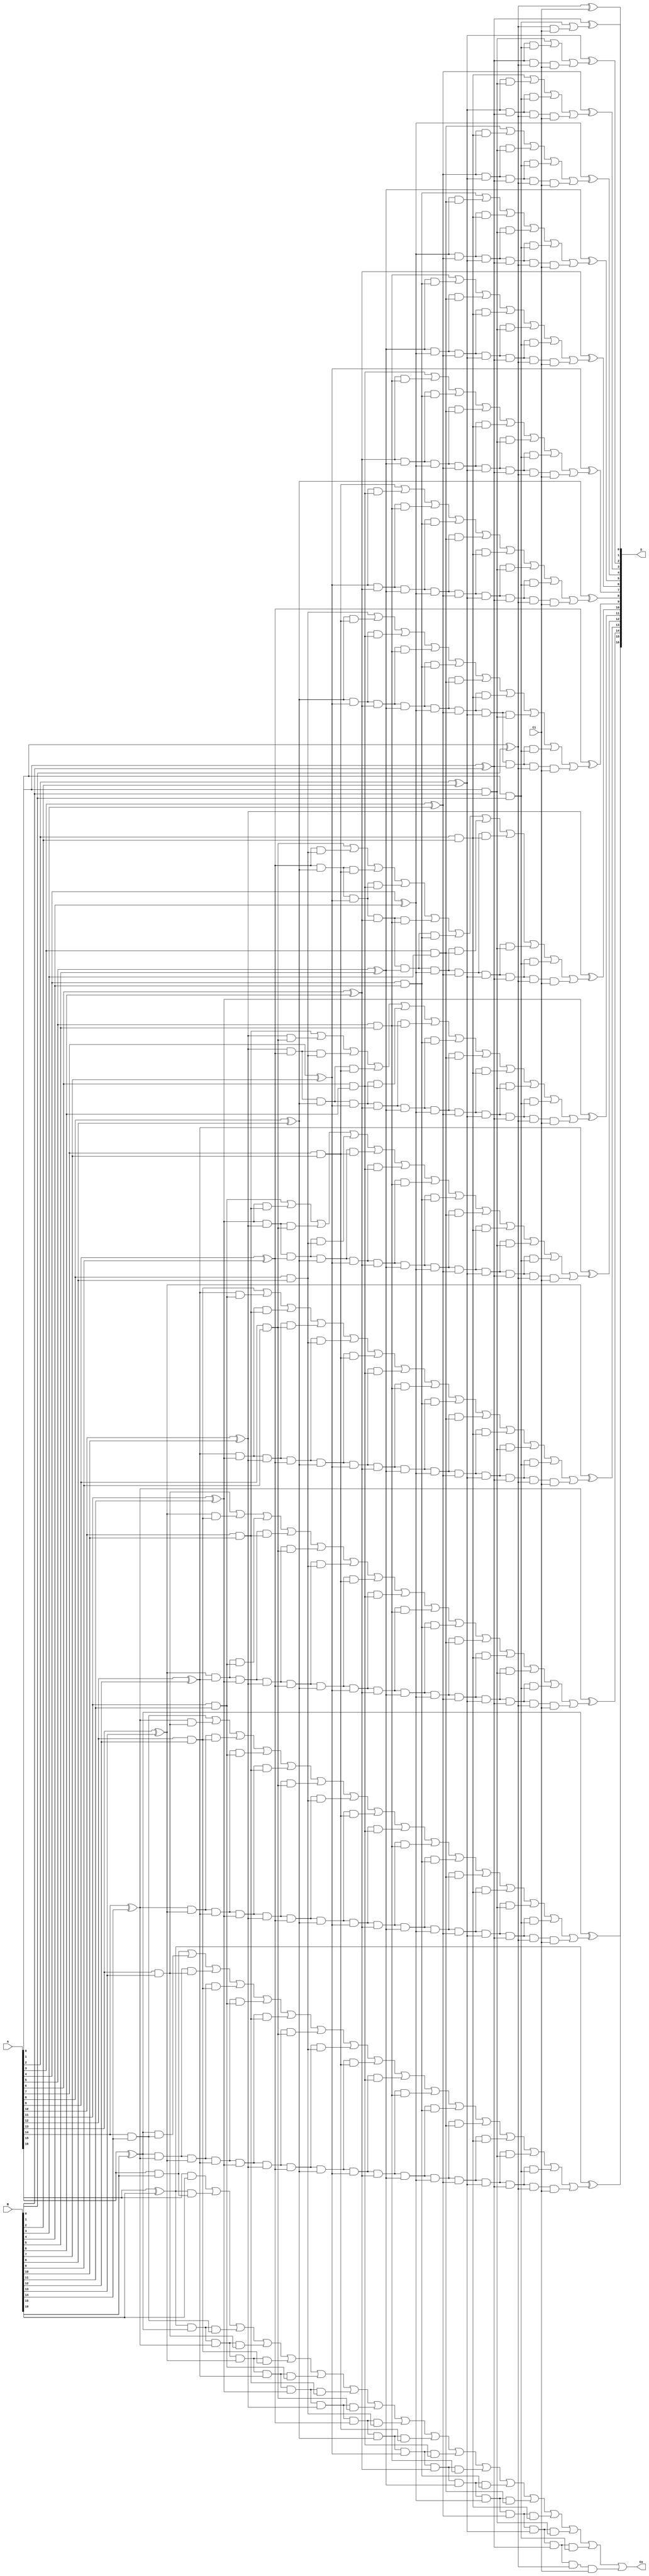
module _17bit_CLA_adder (A,B,Ci,S,Co);
    input [16:0] A,B;
    input Ci;
    output [16:0] S;
    output Co;
    wire [16:0] C;
    wire [16:0] G;
    wire [16:0] P;

    assign  G[0] = A[0]&B[0],
            G[1] = A[1]&B[1],
            G[2] = A[2]&B[2],
            G[3] = A[3]&B[3],
            G[4] = A[4]&B[4],
            G[5] = A[5]&B[5],
            G[6] = A[6]&B[6],
            G[7] = A[7]&B[7],
            G[8] = A[8]&B[8],
            G[9] = A[9]&B[9],
            G[10] = A[10]&B[10],
            G[11] = A[11]&B[11],
            G[12] = A[12]&B[12],
            G[13] = A[13]&B[13],
            G[14] = A[14]&B[14],
            G[15] = A[15]&B[15],
            G[16] = A[16]&B[16];

    assign  P[0] = A[0]^B[0],
            P[1] = A[1]^B[1],
            P[2] = A[2]^B[2],
            P[3] = A[3]^B[3],
            P[4] = A[4]^B[4],
            P[5] = A[5]^B[5],
            P[6] = A[6]^B[6],
            P[7] = A[7]^B[7],
            P[8] = A[8]^B[8],
            P[9] = A[9]^B[9],
            P[10] = A[10]^B[10],
            P[11] = A[11]^B[11],
            P[12] = A[12]^B[12],
            P[13] = A[13]^B[13],
            P[14] = A[14]^B[14],
            P[15] = A[15]^B[15],
            P[16] = A[16]^B[16];



    assign  C[0] = G[0]|(P[0]&Ci),
            C[1] = G[1]|(P[1]&G[0])|(P[1]&P[0]&Ci),
            C[2] = G[2]|(P[2]&G[1])|(P[2]&P[1]&G[0])|(P[2]&P[1]&P[0]&Ci),
            C[3] = G[3]|(P[3]&G[2])|(P[3]&P[2]&G[1])|(P[3]&P[2]&P[1]&G[0])|(P[3]&P[2]&P[1]&P[0]&Ci),
            C[4] = G[4]|(P[4]&G[3])|(P[4]&P[3]&G[2])|(P[4]&P[3]&P[2]&G[1])|(P[4]&P[3]&P[2]&P[1]&G[0])|(P[4]&P[3]&P[2]&P[1]&P[0]&Ci),
            C[5] = G[5]|(P[5]&G[4])|(P[5]&P[4]&G[3])|(P[5]&P[4]&P[3]&G[2])|(P[5]&P[4]&P[3]&P[2]&G[1])|(P[5]&P[4]&P[3]&P[2]&P[1]&G[0])|(P[5]&P[4]&P[3]&P[2]&P[1]&P[0]&Ci),
            C[6] = G[6]|(P[6]&G[5])|(P[6]&P[5]&G[4])|(P[6]&P[5]&P[4]&G[3])|(P[6]&P[5]&P[4]&P[3]&G[2])|(P[6]&P[5]&P[4]&P[3]&P[2]&G[1])|(P[6]&P[5]&P[4]&P[3]&P[2]&P[1]&G[0])|(P[6]&P[5]&P[4]&P[3]&P[2]&P[1]&P[0]&Ci),
            C[7] = G[7]|(P[7]&G[6])|(P[7]&P[6]&G[5])|(P[7]&P[6]&P[5]&G[4])|(P[7]&P[6]&P[5]&P[4]&G[3])|(P[7]&P[6]&P[5]&P[4]&P[3]&G[2])|(P[7]&P[6]&P[5]&P[4]&P[3]&P[2]&G[1])|(P[7]&P[6]&P[5]&P[4]&P[3]&P[2]&P[1]&G[0])|(P[7]&P[6]&P[5]&P[4]&P[3]&P[2]&P[1]&P[0]&Ci),
            C[8] = G[8]|(P[8]&G[7])|(P[8]&P[7]&G[6])|(P[8]&P[7]&P[6]&G[5])|(P[8]&P[7]&P[6]&P[5]&G[4])|(P[8]&P[7]&P[6]&P[5]&P[4]&G[3])|(P[8]&P[7]&P[6]&P[5]&P[4]&P[3]&G[2])|(P[8]&P[7]&P[6]&P[5]&P[4]&P[3]&P[2]&G[1])|(P[8]&P[7]&P[6]&P[5]&P[4]&P[3]&P[2]&P[1]&G[0])|(P[8]&P[7]&P[6]&P[5]&P[4]&P[3]&P[2]&P[1]&P[0]&Ci),
            C[9] = G[9]|(P[9]&G[8])|(P[9]&P[8]&G[7])|(P[9]&P[8]&P[7]&G[6])|(P[9]&P[8]&P[7]&P[6]&G[5])|(P[9]&P[8]&P[7]&P[6]&P[5]&G[4])|(P[9]&P[8]&P[7]&P[6]&P[5]&P[4]&G[3])|(P[9]&P[8]&P[7]&P[6]&P[5]&P[4]&P[3]&G[2])|(P[9]&P[8]&P[7]&P[6]&P[5]&P[4]&P[3]&P[2]&G[1])|(P[9]&P[8]&P[7]&P[6]&P[5]&P[4]&P[3]&P[2]&P[1]&G[0])|(P[9]&P[8]&P[7]&P[6]&P[5]&P[4]&P[3]&P[2]&P[1]&P[0]&Ci),
            C[10] = G[10]|(P[10]&G[9])|(P[10]&P[9]&G[8])|(P[10]&P[9]&P[8]&G[7])|(P[10]&P[9]&P[8]&P[7]&G[6])|(P[10]&P[9]&P[8]&P[7]&P[6]&G[5])|(P[10]&P[9]&P[8]&P[7]&P[6]&P[5]&G[4])|(P[10]&P[9]&P[8]&P[7]&P[6]&P[5]&P[4]&G[3])|(P[10]&P[9]&P[8]&P[7]&P[6]&P[5]&P[4]&P[3]&G[2])|(P[10]&P[9]&P[8]&P[7]&P[6]&P[5]&P[4]&P[3]&P[2]&G[1])|(P[10]&P[9]&P[8]&P[7]&P[6]&P[5]&P[4]&P[3]&P[2]&P[1]&G[0])|(P[10]&P[9]&P[8]&P[7]&P[6]&P[5]&P[4]&P[3]&P[2]&P[1]&P[0]&Ci),
            C[11] = G[11]|(P[11]&G[10])|(P[11]&P[10]&G[9])|(P[11]&P[10]&P[9]&G[8])|(P[11]&P[10]&P[9]&P[8]&G[7])|(P[11]&P[10]&P[9]&P[8]&P[7]&G[6])|(P[11]&P[10]&P[9]&P[8]&P[7]&P[6]&G[5])|(P[11]&P[10]&P[9]&P[8]&P[7]&P[6]&P[5]&G[4])|(P[11]&P[10]&P[9]&P[8]&P[7]&P[6]&P[5]&P[4]&G[3])|(P[11]&P[10]&P[9]&P[8]&P[7]&P[6]&P[5]&P[4]&P[3]&G[2])|(P[11]&P[10]&P[9]&P[8]&P[7]&P[6]&P[5]&P[4]&P[3]&P[2]&G[1])|(P[11]&P[10]&P[9]&P[8]&P[7]&P[6]&P[5]&P[4]&P[3]&P[2]&P[1]&G[0])|(P[11]&P[10]&P[9]&P[8]&P[7]&P[6]&P[5]&P[4]&P[3]&P[2]&P[1]&P[0]&Ci),
            C[12] = G[12]|(P[12]&G[11])|(P[12]&P[11]&G[10])|(P[12]&P[11]&P[10]&G[9])|(P[12]&P[11]&P[10]&P[9]&G[8])|(P[12]&P[11]&P[10]&P[9]&P[8]&G[7])|(P[12]&P[11]&P[10]&P[9]&P[8]&P[7]&G[6])|(P[12]&P[11]&P[10]&P[9]&P[8]&P[7]&P[6]&G[5])|(P[12]&P[11]&P[10]&P[9]&P[8]&P[7]&P[6]&P[5]&G[4])|(P[12]&P[11]&P[10]&P[9]&P[8]&P[7]&P[6]&P[5]&P[4]&G[3])|(P[12]&P[11]&P[10]&P[9]&P[8]&P[7]&P[6]&P[5]&P[4]&P[3]&G[2])|(P[12]&P[11]&P[10]&P[9]&P[8]&P[7]&P[6]&P[5]&P[4]&P[3]&P[2]&G[1])|(P[12]&P[11]&P[10]&P[9]&P[8]&P[7]&P[6]&P[5]&P[4]&P[3]&P[2]&P[1]&G[0])|(P[12]&P[11]&P[10]&P[9]&P[8]&P[7]&P[6]&P[5]&P[4]&P[3]&P[2]&P[1]&P[0]&Ci),
            C[13] = G[13]|(P[13]&G[12])|(P[13]&P[12]&G[11])|(P[13]&P[12]&P[11]&G[10])|(P[13]&P[12]&P[11]&P[10]&G[9])|(P[13]&P[12]&P[11]&P[10]&P[9]&G[8])|(P[13]&P[12]&P[11]&P[10]&P[9]&P[8]&G[7])|(P[13]&P[12]&P[11]&P[10]&P[9]&P[8]&P[7]&G[6])|(P[13]&P[12]&P[11]&P[10]&P[9]&P[8]&P[7]&P[6]&G[5])|(P[13]&P[12]&P[11]&P[10]&P[9]&P[8]&P[7]&P[6]&P[5]&G[4])|(P[13]&P[12]&P[11]&P[10]&P[9]&P[8]&P[7]&P[6]&P[5]&P[4]&G[3])|(P[13]&P[12]&P[11]&P[10]&P[9]&P[8]&P[7]&P[6]&P[5]&P[4]&P[3]&G[2])|(P[13]&P[12]&P[11]&P[10]&P[9]&P[8]&P[7]&P[6]&P[5]&P[4]&P[3]&P[2]&G[1])|(P[13]&P[12]&P[11]&P[10]&P[9]&P[8]&P[7]&P[6]&P[5]&P[4]&P[3]&P[2]&P[1]&G[0])|(P[13]&P[12]&P[11]&P[10]&P[9]&P[8]&P[7]&P[6]&P[5]&P[4]&P[3]&P[2]&P[1]&P[0]&Ci),
            C[14] = G[14]|(P[14]&G[13])|(P[14]&P[13]&G[12])|(P[14]&P[13]&P[12]&G[11])|(P[14]&P[13]&P[12]&P[11]&G[10])|(P[14]&P[13]&P[12]&P[11]&P[10]&G[9])|(P[14]&P[13]&P[12]&P[11]&P[10]&P[9]&G[8])|(P[14]&P[13]&P[12]&P[11]&P[10]&P[9]&P[8]&G[7])|(P[14]&P[13]&P[12]&P[11]&P[10]&P[9]&P[8]&P[7]&G[6])|(P[14]&P[13]&P[12]&P[11]&P[10]&P[9]&P[8]&P[7]&P[6]&G[5])|(P[14]&P[13]&P[12]&P[11]&P[10]&P[9]&P[8]&P[7]&P[6]&P[5]&G[4])|(P[14]&P[13]&P[12]&P[11]&P[10]&P[9]&P[8]&P[7]&P[6]&P[5]&P[4]&G[3])|(P[14]&P[13]&P[12]&P[11]&P[10]&P[9]&P[8]&P[7]&P[6]&P[5]&P[4]&P[3]&G[2])|(P[14]&P[13]&P[12]&P[11]&P[10]&P[9]&P[8]&P[7]&P[6]&P[5]&P[4]&P[3]&P[2]&G[1])|(P[14]&P[13]&P[12]&P[11]&P[10]&P[9]&P[8]&P[7]&P[6]&P[5]&P[4]&P[3]&P[2]&P[1]&G[0])|(P[14]&P[13]&P[12]&P[11]&P[10]&P[9]&P[8]&P[7]&P[6]&P[5]&P[4]&P[3]&P[2]&P[1]&P[0]&Ci),
            C[15] = G[15]|(P[15]&G[14])|(P[15]&P[14]&G[13])|(P[15]&P[14]&P[13]&G[12])|(P[15]&P[14]&P[13]&P[12]&G[11])|(P[15]&P[14]&P[13]&P[12]&P[11]&G[10])|(P[15]&P[14]&P[13]&P[12]&P[11]&P[10]&G[9])|(P[15]&P[14]&P[13]&P[12]&P[11]&P[10]&P[9]&G[8])|(P[15]&P[14]&P[13]&P[12]&P[11]&P[10]&P[9]&P[8]&G[7])|(P[15]&P[14]&P[13]&P[12]&P[11]&P[10]&P[9]&P[8]&P[7]&G[6])|(P[15]&P[14]&P[13]&P[12]&P[11]&P[10]&P[9]&P[8]&P[7]&P[6]&G[5])|(P[15]&P[14]&P[13]&P[12]&P[11]&P[10]&P[9]&P[8]&P[7]&P[6]&P[5]&G[4])|(P[15]&P[14]&P[13]&P[12]&P[11]&P[10]&P[9]&P[8]&P[7]&P[6]&P[5]&P[4]&G[3])|(P[15]&P[14]&P[13]&P[12]&P[11]&P[10]&P[9]&P[8]&P[7]&P[6]&P[5]&P[4]&P[3]&G[2])|(P[15]&P[14]&P[13]&P[12]&P[11]&P[10]&P[9]&P[8]&P[7]&P[6]&P[5]&P[4]&P[3]&P[2]&G[1])|(P[15]&P[14]&P[13]&P[12]&P[11]&P[10]&P[9]&P[8]&P[7]&P[6]&P[5]&P[4]&P[3]&P[2]&P[1]&G[0])|(P[15]&P[14]&P[13]&P[12]&P[11]&P[10]&P[9]&P[8]&P[7]&P[6]&P[5]&P[4]&P[3]&P[2]&P[1]&P[0]&Ci),
            C[16] = G[16]|(P[16]&G[15])|(P[16]&P[15]&G[14])|(P[16]&P[15]&P[14]&G[13])|(P[16]&P[15]&P[14]&P[13]&G[12])|(P[16]&P[15]&P[14]&P[13]&P[12]&G[11])|(P[16]&P[15]&P[14]&P[13]&P[12]&P[11]&G[10])|(P[16]&P[15]&P[14]&P[13]&P[12]&P[11]&P[10]&G[9])|(P[16]&P[15]&P[14]&P[13]&P[12]&P[11]&P[10]&P[9]&G[8])|(P[16]&P[15]&P[14]&P[13]&P[12]&P[11]&P[10]&P[9]&P[8]&G[7])|(P[16]&P[15]&P[14]&P[13]&P[12]&P[11]&P[10]&P[9]&P[8]&P[7]&G[6])|(P[16]&P[15]&P[14]&P[13]&P[12]&P[11]&P[10]&P[9]&P[8]&P[7]&P[6]&G[5])|(P[16]&P[15]&P[14]&P[13]&P[12]&P[11]&P[10]&P[9]&P[8]&P[7]&P[6]&P[5]&G[4])|(P[16]&P[15]&P[14]&P[13]&P[12]&P[11]&P[10]&P[9]&P[8]&P[7]&P[6]&P[5]&P[4]&G[3])|(P[16]&P[15]&P[14]&P[13]&P[12]&P[11]&P[10]&P[9]&P[8]&P[7]&P[6]&P[5]&P[4]&P[3]&G[2])|(P[16]&P[15]&P[14]&P[13]&P[12]&P[11]&P[10]&P[9]&P[8]&P[7]&P[6]&P[5]&P[4]&P[3]&P[2]&G[1])|(P[16]&P[15]&P[14]&P[13]&P[12]&P[11]&P[10]&P[9]&P[8]&P[7]&P[6]&P[5]&P[4]&P[3]&P[2]&P[1]&G[0])|(P[16]&P[15]&P[14]&P[13]&P[12]&P[11]&P[10]&P[9]&P[8]&P[7]&P[6]&P[5]&P[4]&P[3]&P[2]&P[1]&P[0]&Ci);


    assign Co = C[16];

    assign  S[0] = P[0]^Ci,
            S[1] = P[1]^C[0],
            S[2] = P[2]^C[1],
            S[3] = P[3]^C[2],
            S[4] = P[4]^C[3],
            S[5] = P[5]^C[4],
            S[6] = P[6]^C[5],
            S[7] = P[7]^C[6],
            S[8] = P[8]^C[7],
            S[9] = P[9]^C[8],
            S[10] = P[10]^C[9],
            S[11] = P[11]^C[10],
            S[12] = P[12]^C[11],
            S[13] = P[13]^C[12],
            S[14] = P[14]^C[13],
            S[15] = P[15]^C[14],
            S[16] = P[16]^C[15];


endmodule